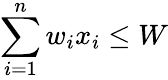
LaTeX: \sum_{i=1}^{n}w_{i}x_{i}\leq W